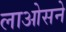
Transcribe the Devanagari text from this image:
लाओसने